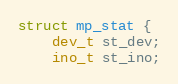
Language: C
struct mp_stat {
    dev_t st_dev;
    ino_t st_ino;